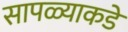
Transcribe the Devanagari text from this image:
सापळ्याकडे